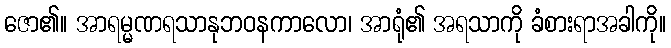
ဇော၏။ အာရမ္မဏရသာနုဘဝနကာလော၊ အာရုံ၏ အရသာကို ခံစားရာအခါကို။